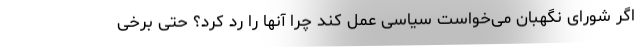
اگر شورای نگهبان می‌خواست سیاسی عمل کند چرا آنها را رد کرد؟ حتی برخی